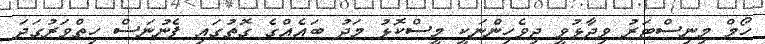
ހޯމް މިނިސްޓަރު ވިދާޅުވީ ދިވެހިންނަކީ މީސްކޮޅު މަދު ބައެއްގެ ގޮތުގައި ފެނުނަސް ހިތްވަރުގަދަ